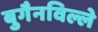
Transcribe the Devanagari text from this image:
बुगैनविल्ले